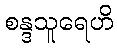
စန္ဒသူရေဟိ